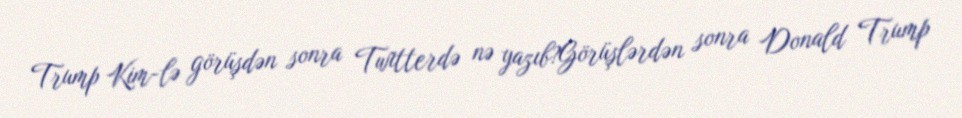
Trump Kim-lə görüşdən sonra Twitterdə nə yazıb?Görüşlərdən sonra Donald Trump